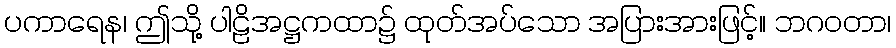
ပကာရေန၊ ဤသို့ ပါဠိအဋ္ဌကထာ၌ ထုတ်အပ်သော အပြားအားဖြင့်။ ဘဂဝတာ၊